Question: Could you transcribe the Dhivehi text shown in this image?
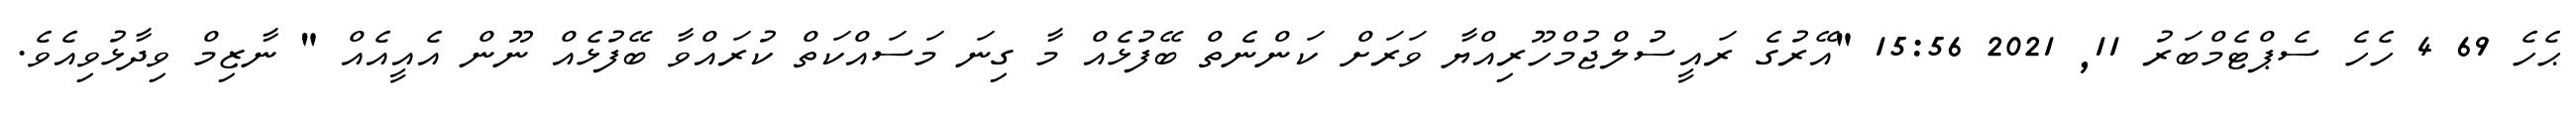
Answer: ޙެހެ 69 4 ހެހެ ސެޕްޓެމްބަރު 11, 2021 15:56 "އޭރުގެ ރައީސުލްޖުމްހޫރިއްޔާ ވަރަށް ކަންނެތް ބޭފުޅެއް މާ ގިނަ މަސައްކަތް ކުރައްވާ ބޭފުޅެއް ނޫން އެއީއެއް " ނާޒިމް ވިދާޅުވިއެވެ.